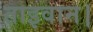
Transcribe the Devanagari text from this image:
ताइवान।